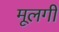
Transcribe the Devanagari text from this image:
मूलगी